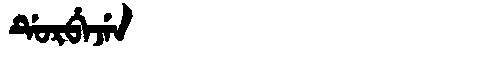
Manchu: ᡩᡠᡵᠪᡝᠵᡝᠨ
Romanization: DURBEJEN